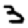
Digit: 3